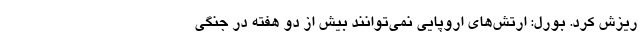
ریزش کرد. بورل: ارتش‌های اروپایی نمی‌توانند بیش از دو هفته در جنگی